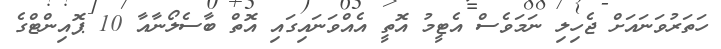
ހަތަރުވަނައަށް ޖެހިލި ނަމަވެސް އެޓީމު އޮތީ އެއްވަނައިގައި އޮތް ބާސެލޯނާއާ 10 ޕޮއިންޓްގެ